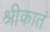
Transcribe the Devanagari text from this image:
श्रीकातं